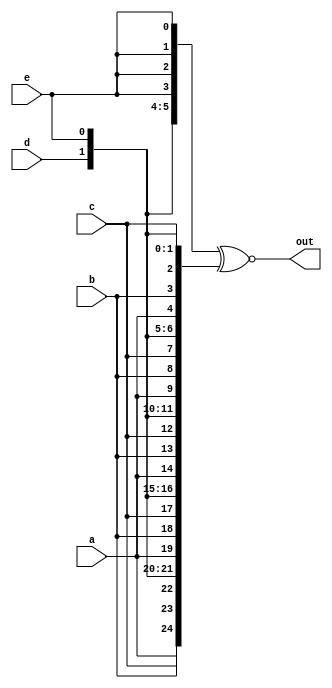
/*

Copyright 2022 Marc Ketel
SPDX-License-Identifier: Apache-2.0

*/

`default_nettype none

module top_module (
    input wire a,
    input wire b,
    input wire c,
    input wire d,
    input wire e,
    output wire [24:0] out
);

  wire [24:0] signals_a = {{5{a}}, {5{b}}, {5{c}}, {5{d}}, {5{e}}};
  wire [24:0] signals_b = {5{a, b, c, d, e}};
  assign out = signals_a ~^ signals_b;

endmodule